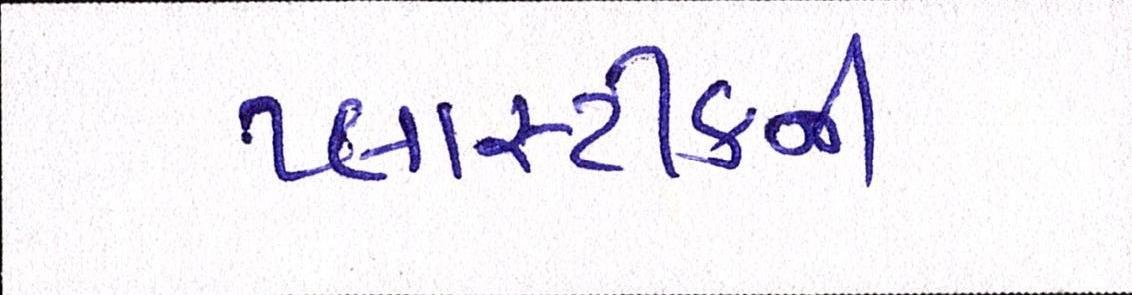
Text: પ્લાસ્ટીકની